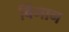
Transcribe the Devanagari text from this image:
विंमान